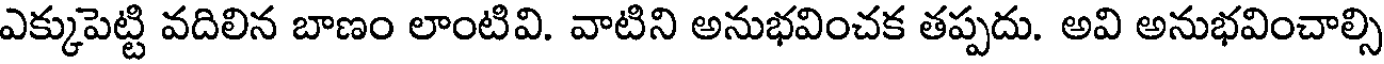
ఎక్కుపెట్టి వదిలిన బాణం లాంటివి. వాటిని అనుభవించక తప్పదు. అవి అనుభవించాల్సి